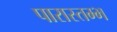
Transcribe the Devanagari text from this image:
पारास्तम्भ